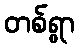
တစ်ရွာ